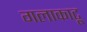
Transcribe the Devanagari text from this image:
गलाकाटू